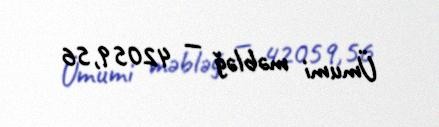
Ümumi məbləğ — 42059,56